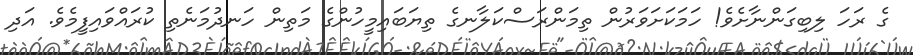
ގެ ރަހަ ލިބިގަންނާށެވެ! ހަމަކަށަވަރުން ތިމަންރަސްކަލާނގެ ތިޔަބައިމީހުންގެ މަތިން ހަނދުމަނެތި ކުރައްވައިފީމެވެ. އަދި